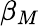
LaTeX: \beta_{M}